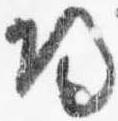
帰